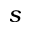
s